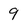
Character: 9